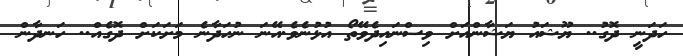
ހަދަނީ ދޮގު.. ޔޫޝައު ޔަޝާންއަށް ވިސްނައިދެވޭތޯ އުޅުނެވެ.އޭނަ ނުހަދާނެ މަށަކަށް ދޮގެއް.. ހަނދާން